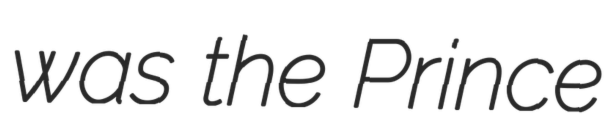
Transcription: was the Prince